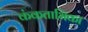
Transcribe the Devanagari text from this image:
कंकताभिका